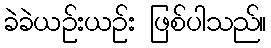
ခဲခဲယဉ်းယဉ်း ဖြစ်ပါသည်။